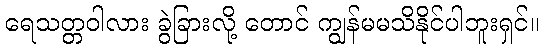
ရေသတ္တဝါလား ခွဲခြားလို့ တောင် ကျွန်မမသိနိုင်ပါဘူးရှင်။